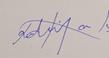
Signature authenticity: genuine